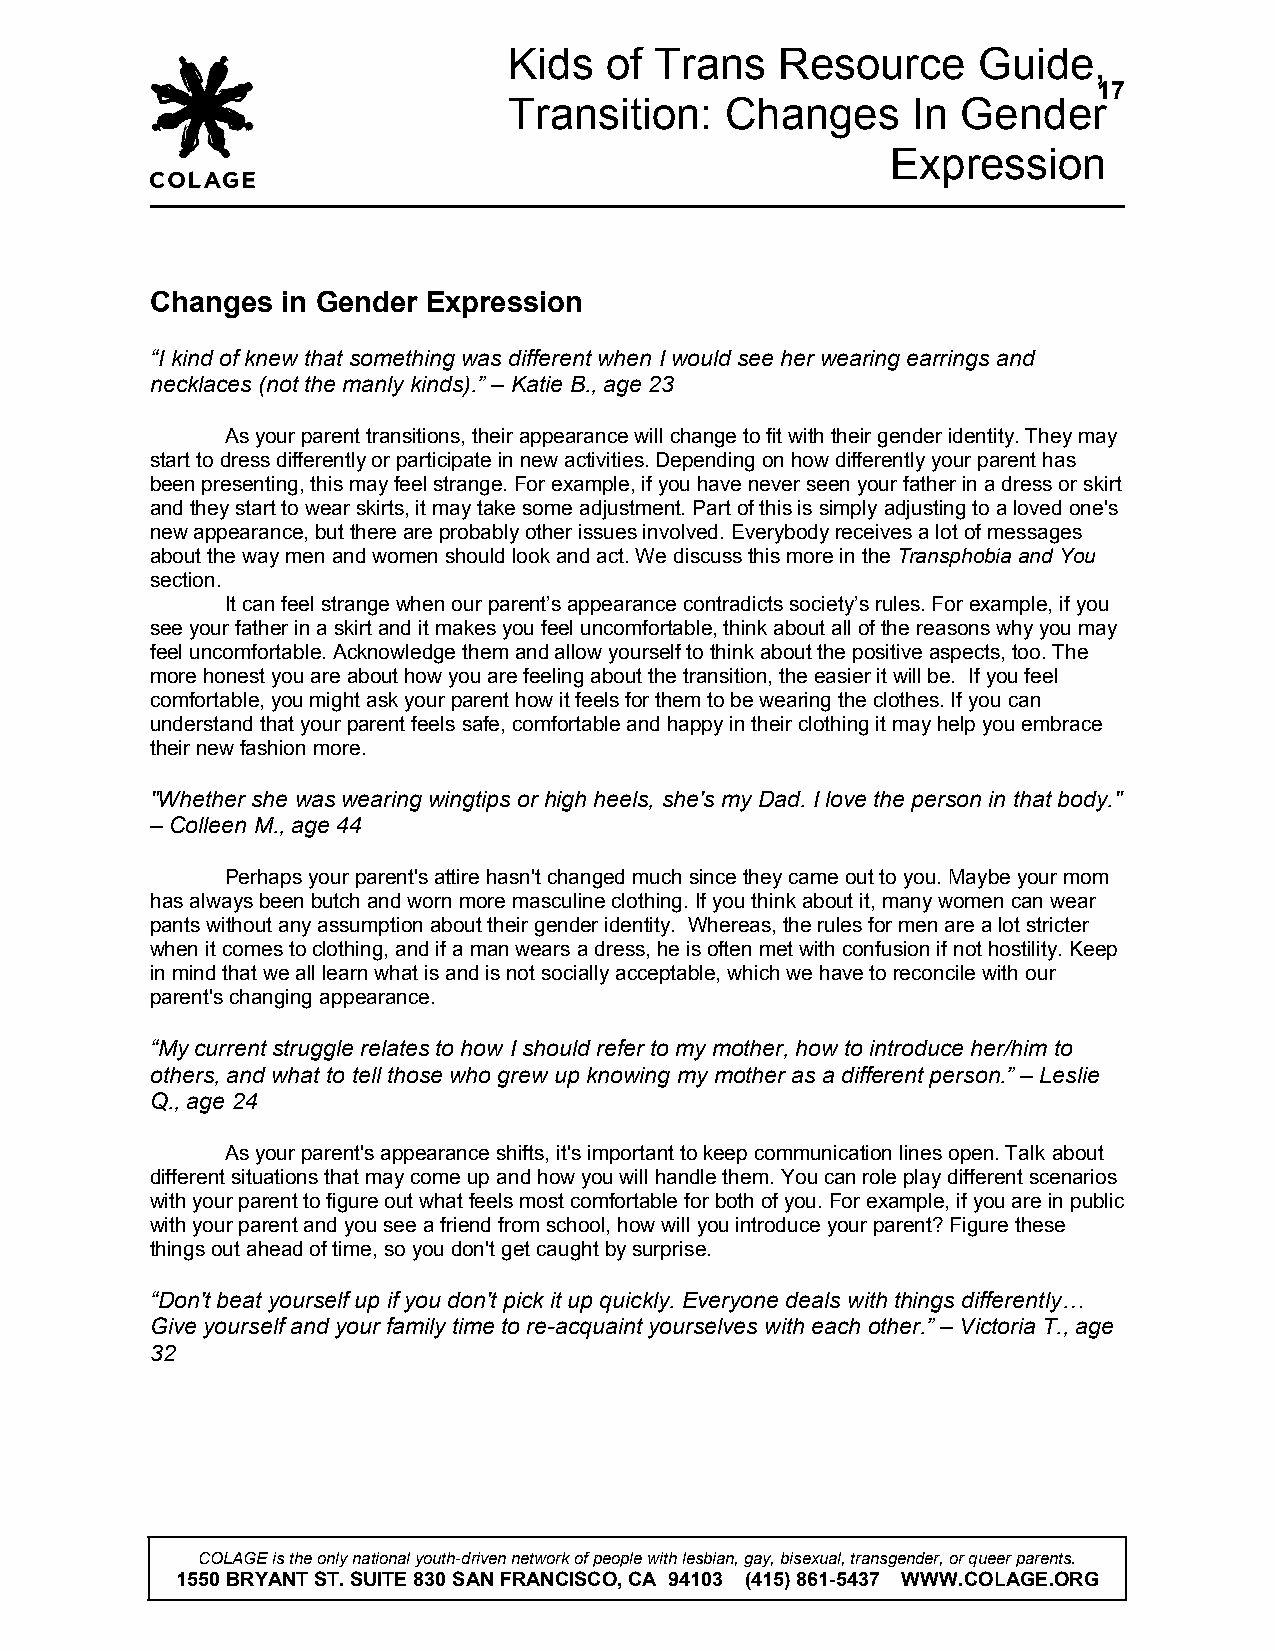
Kids  of Trans    Resource     Guide,
 17
 Transition:   Changes     In  Gender
 Expression
 Changes  in Gender Expression
 “I kind of knew that something was different when I would see her wearing earrings and
 necklaces (not the manly kinds).” – Katie B., age 23
 As your parent transitions, their appearance will change to fit with their gender identity. They may
 start to dress differently or participate in new activities. Depending on how differently your parent has
 been presenting, this may feel strange. For example, if you have never seen your father in a dress or skirt
 and they start to wear skirts, it may take some adjustment. Part of this is simply adjusting to a loved one's
 new appearance, but there are probably other issues involved. Everybody receives a lot of messages
 about the way men and women should look and act. We discuss this more in the Transphobia and You
 section.
 It can feel strange when our parent’s appearance contradicts society’s rules. For example, if you
 see your father in a skirt and it makes you feel uncomfortable, think about all of the reasons why you may
 feel uncomfortable. Acknowledge them and allow yourself to think about the positive aspects, too. The
 more honest you are about how you are feeling about the transition, the easier it will be. If you feel
 comfortable, you might ask your parent how it feels for them to be wearing the clothes. If you can
 understand that your parent feels safe, comfortable and happy in their clothing it may help you embrace
 their new fashion more.
 "Whether she was wearing wingtips or high heels, she's my Dad. I love the person in that body."
 – Colleen M., age 44
 Perhaps your parent's attire hasn't changed much since they came out to you. Maybe your mom
 has always been butch and worn more masculine clothing. If you think about it, many women can wear
 pants without any assumption about their gender identity. Whereas, the rules for men are a lot stricter
 when it comes to clothing, and if a man wears a dress, he is often met with confusion if not hostility. Keep
 in mind that we all learn what is and is not socially acceptable, which we have to reconcile with our
 parent's changing appearance.
 “My current struggle relates to how I should refer to my mother, how to introduce her/him to
 others, and what to tell those who grew up knowing my mother as a different person.” – Leslie
 Q., age 24
 As your parent's appearance shifts, it's important to keep communication lines open. Talk about
 different situations that may come up and how you will handle them. You can role play different scenarios
 with your parent to figure out what feels most comfortable for both of you. For example, if you are in public
 with your parent and you see a friend from school, how will you introduce your parent? Figure these
 things out ahead of time, so you don't get caught by surprise.
 “Don't beat yourself up if you don't pick it up quickly. Everyone deals with things differently…
 Give yourself and your family time to re-acquaint yourselves with each other.” – Victoria T., age
 32
 COLAGE is the only national youth-driven network of people with lesbian, gay, bisexual, transgender, or queer parents.
 1550 BRYANT ST. SUITE 830 SAN FRANCISCO, CA 94103 (415) 861-5437 WWW.COLAGE.ORG